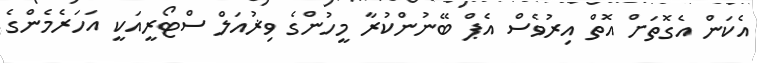
އެކަން އެގޮތަށް އޮތް އިރުވެސް އެޕް ބޭނުންކުރާ މީހުންގެ ވިޜުއަލް ސްޓޯރީއަކީ އަހަރެމެންގެ